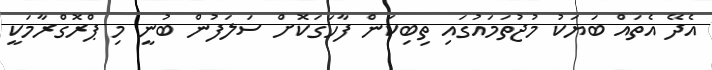
އެދޭ އެތައް ބަޔަކު މުޖުތަމައުގައި ތިބިކަން ފާހަގަކޮށް ސަލަފުން ބުނީ މި ޕްރޮގްރާމަކީ